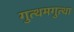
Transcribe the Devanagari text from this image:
गुत्थमगुत्था